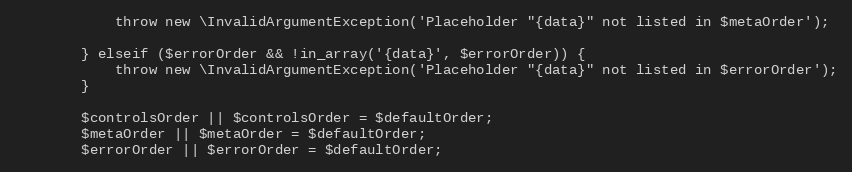
Language: PHP
            throw new \InvalidArgumentException('Placeholder "{data}" not listed in $metaOrder');

        } elseif ($errorOrder && !in_array('{data}', $errorOrder)) {
            throw new \InvalidArgumentException('Placeholder "{data}" not listed in $errorOrder');
        }

        $controlsOrder || $controlsOrder = $defaultOrder;
        $metaOrder || $metaOrder = $defaultOrder;
        $errorOrder || $errorOrder = $defaultOrder;